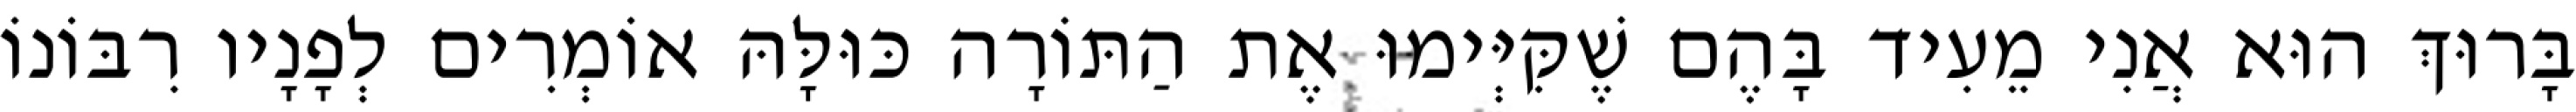
בָּרוּךְ הוּא אֲנִי מֵעִיד בָּהֶם שֶׁקִּיְּימוּ אֶת הַתּוֹרָה כּוּלָּהּ אוֹמְרִים לְפָנָיו רִבּוֹנוֹ